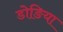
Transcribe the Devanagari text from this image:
डोङिया